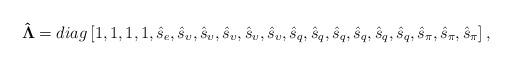
LaTeX: \begin{align*}{\bf{\hat \Lambda }} = diag\left[ {1,1,1,1,{{\hat s}_e},{{\hat s}_\upsilon },{{\hat s}_\upsilon },{{\hat s}_\upsilon },{{\hat s}_\upsilon },{{\hat s}_\upsilon },{{\hat s}_q},{{\hat s}_q},{{\hat s}_q},{{\hat s}_q},{{\hat s}_q},{{\hat s}_q},{{\hat s}_\pi },{{\hat s}_\pi },{{\hat s}_\pi }} \right],\end{align*}